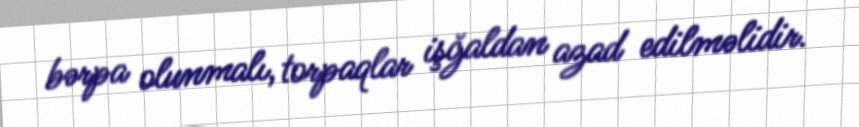
bərpa olunmalı, torpaqlar işğaldan azad edilməlidir.